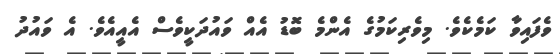
ވެފައިވާ ކަމެކެވެ. މިވެރިކަމުގެ އެންމެ ބޮޑު އެއް ވައުދަކީވެސް އެއީއެވެ. އެ ވައުދު